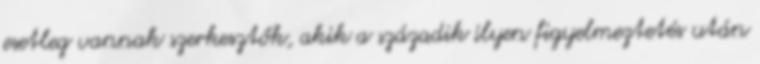
esetleg vannak szerkesztők, akik a századik ilyen figyelmeztetés után